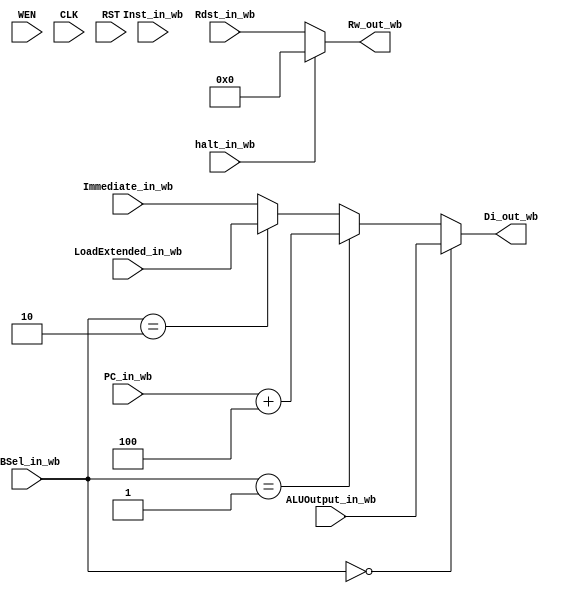
`define OPCODE_COMPUTE    7'b0110011
`define OPCODE_COMPUTE_IMM 7'b0010011
`define OPCODE_BRANCH     7'b1100011
`define OPCODE_LOAD       7'b0000011
`define OPCODE_JMP        7'b1101111
`define OPCODE_JMP_LINK   7'b1100111
`define OPCODE_STORE      7'b0100011 
`define OPCODE_LUI       7'b0110111
`define OPCODE_AUIPC     7'b0010111
`define FUNC_ADD      3'b000
`define AUX_FUNC_ADD  7'b0000000
`define AUX_FUNC_SUB  7'b0100000
`define SIZE_BYTE  2'b00
`define SIZE_HWORD 2'b01
`define SIZE_WORD  2'b10
`define PCSel_4 1'b0
`define PCSel_ALU 1'b1
`define ImmSel_I 3'b000
`define ImmSel_B 3'b001
`define ImmSel_J 3'b010
`define ImmSel_U 3'b011
`define ImmSel_S 3'b100
`define ASel_Reg 1'b0
`define ASel_PC 1'b1
`define BSel_Reg 1'b0
`define BSel_IMM 1'b1
`define MemRW_Write 1'b0
`define MemRW_Read 1'b1
`define RWrEn_Enable 1'b0
`define RWrEn_Disable 1'b1
`define WBSel_ALU 2'b00
`define WBSel_PC4 2'b01
`define WBSel_Mem 2'b10
`define WBSel_Imm 2'b11
`define BEQ 3'b000
`define BNE 3'b001
`define BLT 3'b100
`define BGE 3'b101
`define BLTU 3'b110
`define BGEU 3'b111

module IWB(
    input [31:0] PC_in_wb,
    input [31:0] Inst_in_wb,
    input [1:0] WBSel_in_wb,
    input [31:0] LoadExtended_in_wb,
    input [31:0] Immediate_in_wb,
    input [31:0] ALUOutput_in_wb,
    input [4:0] Rdst_in_wb,
    input halt_in_wb,
    output [4:0] Rw_out_wb,
    output [31:0] Di_out_wb,
    input WEN,
    input CLK,
    input RST);

assign Di_out_wb = (WBSel_in_wb == `WBSel_ALU) ? ALUOutput_in_wb : (WBSel_in_wb == `WBSel_PC4) ? PC_in_wb + 4 : (WBSel_in_wb == `WBSel_Mem) ? LoadExtended_in_wb : Immediate_in_wb;
assign Rw_out_wb = (halt_in_wb)? 0 : Rdst_in_wb;
endmodule